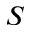
S